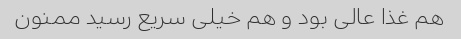
هم غذا عالی بود و هم خیلی سریع رسید ممنون